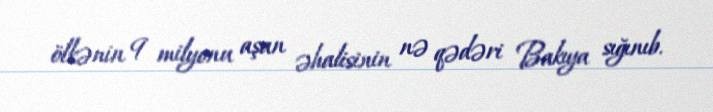
ölkənin 9 milyonu aşan əhalisinin nə qədəri Bakıya sığınıb.